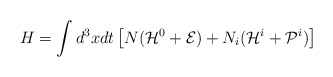
\begin{align*}H = \int d^{3}x dt \left[ N ( {\cal H}^{0} + {\cal E} )+ N_{i} ( {\cal H}^{i} + {\cal P}^{i} ) \right]\end{align*}